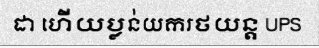
ដា ហើយប្លន់យករថយន្ត UPS